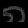
Digit: ၈